Indian journal of veterinary science and animal husbandry - Volume 4,
Year: 1934
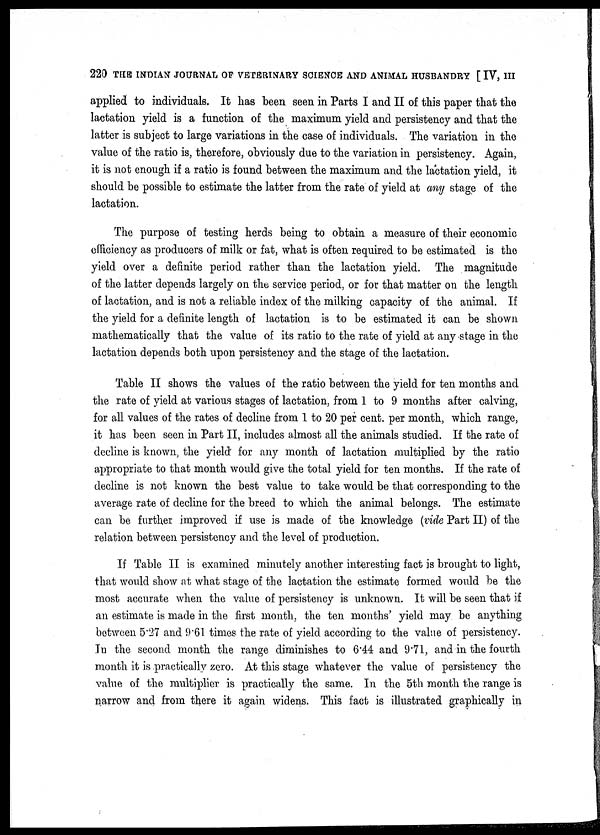
220 THE INDIAN JOURNAL OF VETERINARY SCIENCE AND ANIMAL HUSBANDRY [ IV, III
applied to individuals. It has been seen in Parts I and II of this paper that the
lactation yield is a function of the maximum yield and persistency and that the
latter is subject to large variations in the case of individuals. The variation in the
value of the ratio is, therefore, obviously due to the variation in persistency. Again,
it is not enough if a ratio is found between the maximum and the lactation yield, it
should be possible to estimate the latter from the rate of yield at any stage of the
lactation.
The purpose of testing herds being to obtain a measure of their economic
efficiency as producers of milk or fat, what is often required to be estimated is the
yield over a definite period rather than the lactation yield. The magnitude
of the latter depends largely on the service period, or for that matter on the length
of lactation, and is not a reliable index of the milking capacity of the animal. If
the yield for a definite length of lactation is to be estimated it can be shown
mathematically that the value of its ratio to the rate of yield at any stage in the
lactation depends both upon persistency and the stage of the lactation.
Table II shows the values of the ratio between the yield for ten months and
the rate of yield at various stages of lactation, from 1 to 9 months after calving,
for all values of the rates of decline from 1 to 20 per cent. per month, which range,
it has been seen in Part II, includes almost all the animals studied. If the rate of
decline is known, the yield for any month of lactation multiplied by the ratio
appropriate to that month would give the total yield for ten months. If the rate of
decline is not known the best value to take would be that corresponding to the
average rate of decline for the breed to which the animal belongs. The estimate
can be further improved if use is made of the knowledge (vide Part II) of the
relation between persistency and the level of production.
If Table II is examined minutely another interesting fact is brought to light,
that would show at what stage of the lactation the estimate formed would be the
most accurate when the value of persistency is unknown. It will be seen that if
an estimate is made in the first month, the ten months' yield may be anything
between 5.27 and 9.61 times the rate of yield according to the value of persistency.
In the second month the range diminishes to 6.44 and 9.71, and in the fourth
month it is practically zero. At this stage whatever the value of persistency the
value of the multiplier is practically the same. In the 5th month the range is
narrow and from there it again widens. This fact is illustrated graphically in